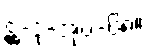
ဋ္ဌ-ဒု-အုပ်-၆၈။